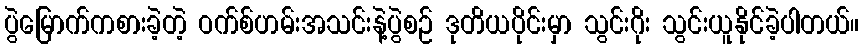
ပွဲမြောက်ကစားခဲ့တဲ့ ဝက်စ်ဟမ်းအသင်းနဲ့ပွဲစဉ် ဒုတိယပိုင်းမှာ သွင်းဂိုး သွင်းယူနိုင်ခဲ့ပါတယ်။